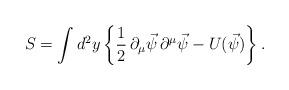
LaTeX: \begin{align*}S=\int d^2 y \left\{ \frac{1}{2} \, \partial_\mu \vec{\psi} \,\partial^\mu \vec{\psi}-U(\vec{\psi}) \right\}.\end{align*}